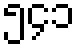
၅၄၁